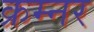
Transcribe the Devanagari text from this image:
क्रम्नर